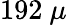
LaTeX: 192~\mu